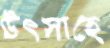
উৎসাহে